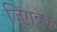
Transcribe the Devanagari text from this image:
जिंगबेक